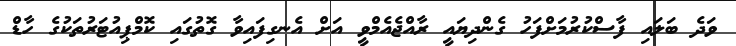
ވަދެ ބަލައި ފާސްކުރުމަށްފަހު ގެންދިޔައީ ރާއްޖެއެމްވީ އަށް އެނގިފައިވާ ގޮތުގައި ކޮމްޕިއުޓަރުތަކުގެ ހާޑް